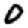
Digit: 0